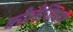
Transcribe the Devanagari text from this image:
कोलेजियम